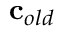
{ \bf c } _ { o l d }